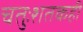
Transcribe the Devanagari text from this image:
चतुःशतकही